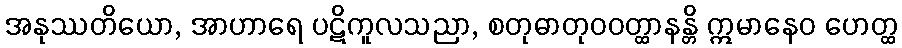
အနုဿတိယော, အာဟာရေ ပဋိကူလသညာ, စတုဓာတုဝဝတ္ထာနန္တိ ဣမာနေဝ ဟေတ္ထ